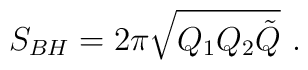
S_{BH}= 2\pi\sqrt{Q_1Q_2\tilde Q} \ .